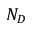
N _ { D }